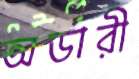
অর্ডারী